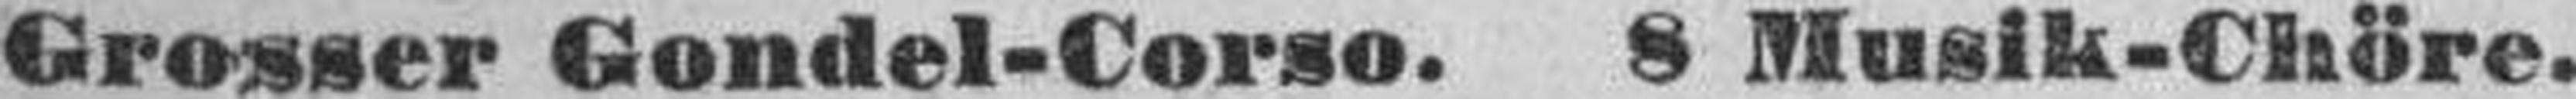
Grosser Gondel-Corso. 8 Musik-Chöre.